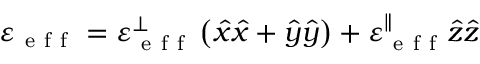
\varepsilon _ { \mathrm { ~ e ~ f ~ f ~ } } = \varepsilon _ { \mathrm { ~ e ~ f ~ f ~ } } ^ { \perp } \left( \hat { x } \hat { x } + \hat { y } \hat { y } \right) + \varepsilon _ { \mathrm { ~ e ~ f ~ f ~ } } ^ { \parallel } \hat { z } \hat { z }